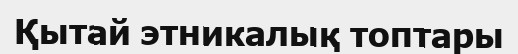
Қытай этникалық топтары